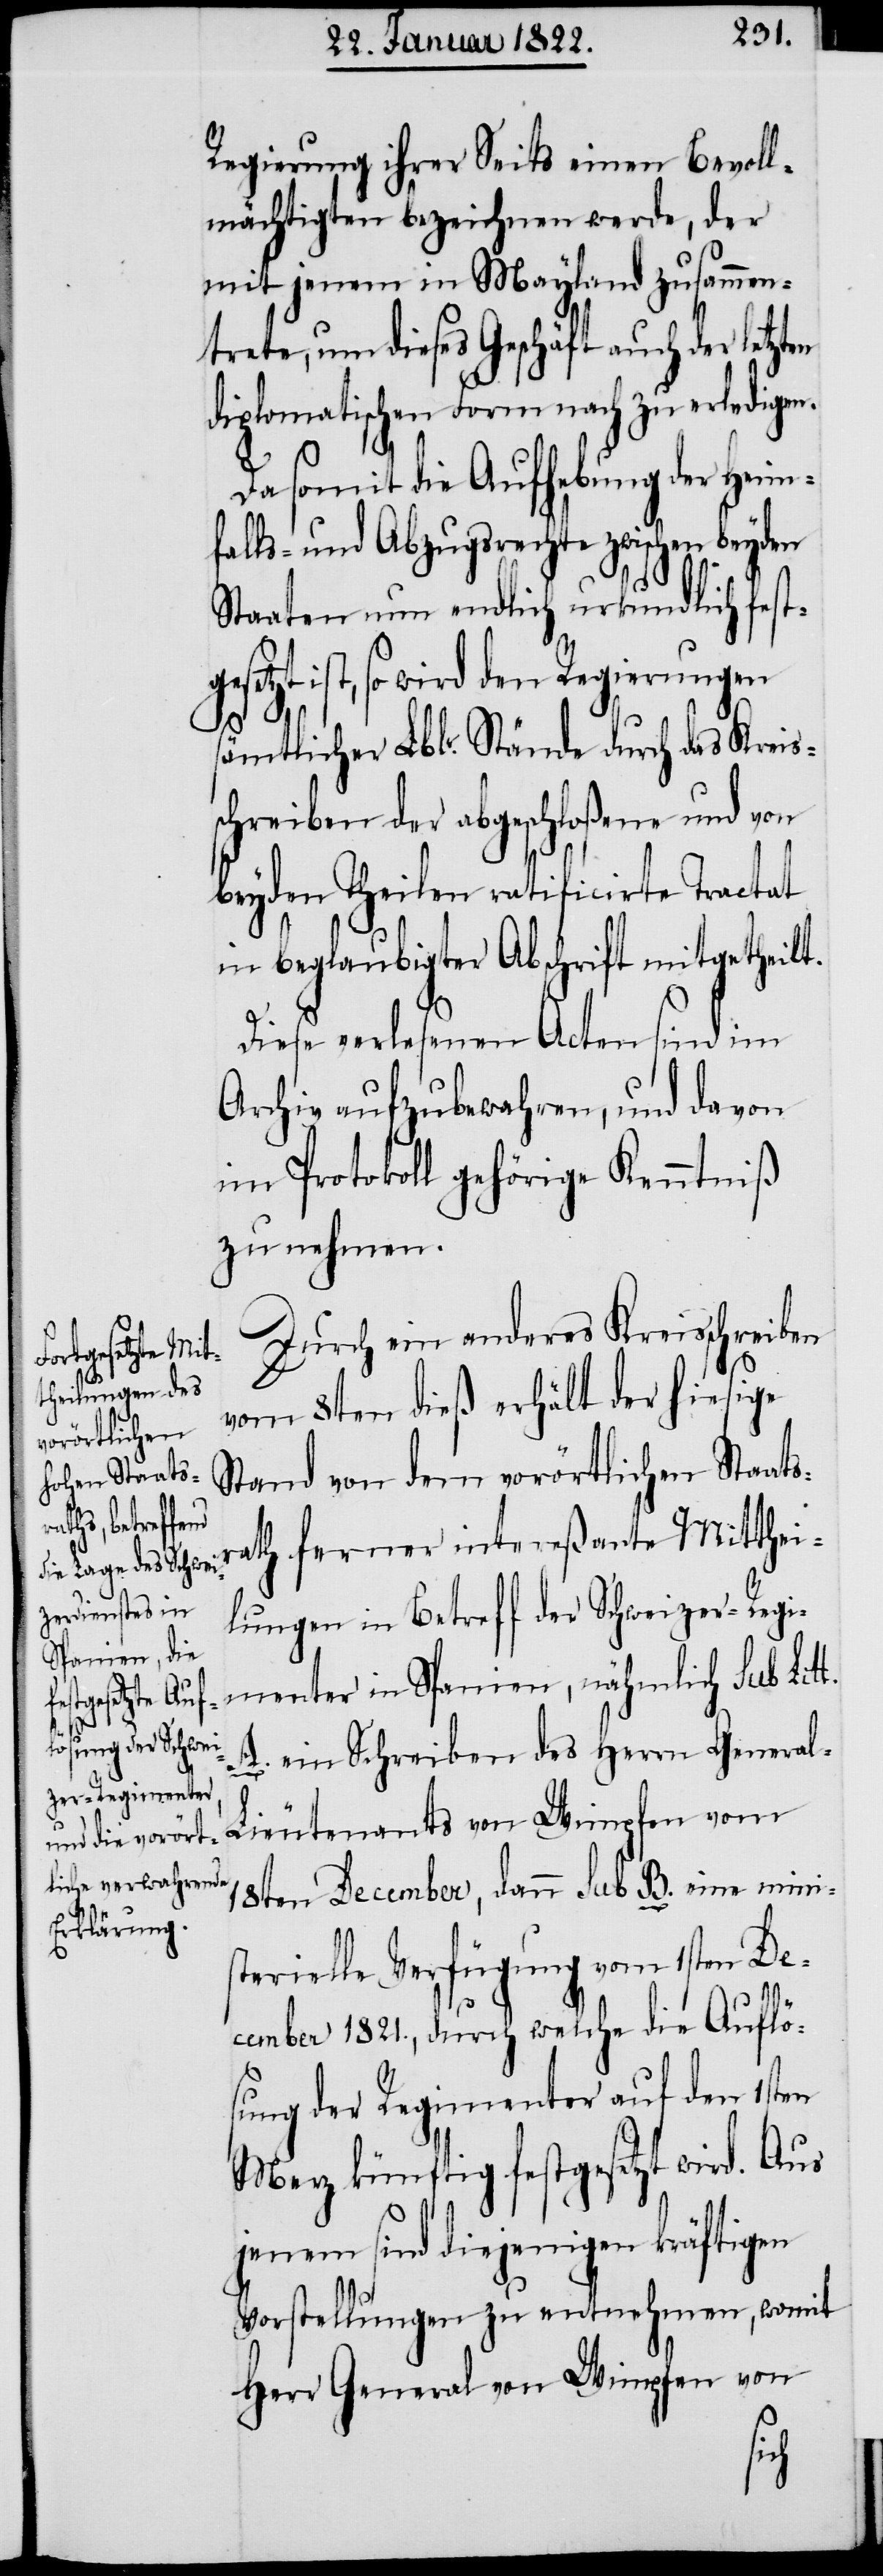
Regierung ihrer Seits einen Bevoll¬
mächtigten bezeichnen werde, der
mit jenem in Mayland zusammen¬
trete, um dieses Geschäft auch der letzten
diplomatischen Form nach zu erledige¬
Da somit die Aufhebung der Heim¬
falls- und Abzugsrechte zwischen beyden
Staaten nun endlich urkundlich festg¬
esetzt ist, so wird den Regierungen
l-L¬
t.
sämtlicher Lbl. Stände durch das Kreis¬
schreiben der abgeschloßene und von
beyden Theilen ratificirte Tractat
in beglaubigter Abschrift mitgetheilt.
Diese verlesenen Acten sind im
Archiv aufzubewahren, und davon
im Protokoll gehörige Kenntniß
zu nehmen.
Durch ein anderes Kreisschreiben
vom 8ten dieß erhält der hiesige
Stand von dem vorörtlichen Staats¬
ath ferner intereßante Mitthei¬
lungen in Betreff der Schweizer-Regi¬
menter in Spanien, nämlich sub. Lit¬
A. ein Schreiben des Herrn Genera¬
ieutenants von Wimpfen vom
18ten December, dann sub B. eine mini¬
sterielle Verfügung vom 1sten De¬
cember 1821., durch welche die Auflö¬
sung der Regimenter auf den 1sten
Merz künftig festgesetzt wird. aus
jenem sind diejenigen kräftigen
Vorstellungen zu entnehmen, womit
Herr General von Wimpfen von